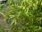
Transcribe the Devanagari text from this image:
अद्वयवाद्वी